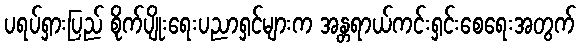
ပရပ်ရှားပြည် စိုက်ပျိုးရေးပညာရှင်များက အန္တရာယ်ကင်းရှင်းစေရေးအတွက်